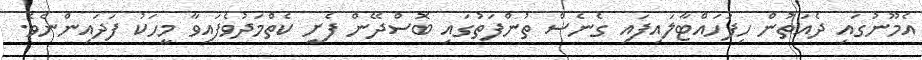
އެމޫނުގައި ދެއަތުން ހިފަހައްޓާލައިފައި ގެނެސް ތުންފަތުގައި ބޮސްދޭން ފެށީ ކެތްމަދުވެފައިވާ މީހަކު ފަދައިންނެވެ.